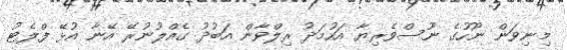
މިނިވަން ނޫހުގެ ނޫސްވެރިޔާ އަހުމަދު ރިލްވާން އަބުދު ގެއްލުނުރޭ އޭނާ އުޅޭ ފްލެޓު